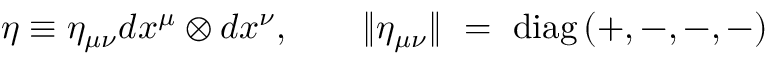
\eta \equiv \eta _ { \mu \nu } d x ^ { \mu } \otimes d x ^ { \nu } , \qquad \| \eta _ { \mu \nu } \| ~ = ~ \mathrm { d i a g } \, ( + , - , - , - )